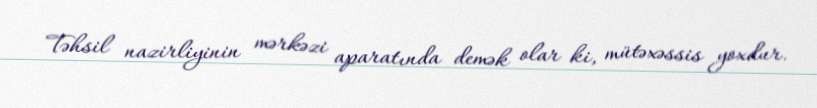
Təhsil nazirliyinin mərkəzi aparatında demək olar ki, mütəxəssis yoxdur.